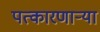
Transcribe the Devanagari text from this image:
पत्कारणाऱ्या